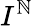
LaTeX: I^{\mathbb{N}}